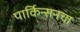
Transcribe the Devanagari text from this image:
पार्किन्सनचा